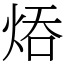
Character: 㶺